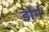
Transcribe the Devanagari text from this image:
डोर्न